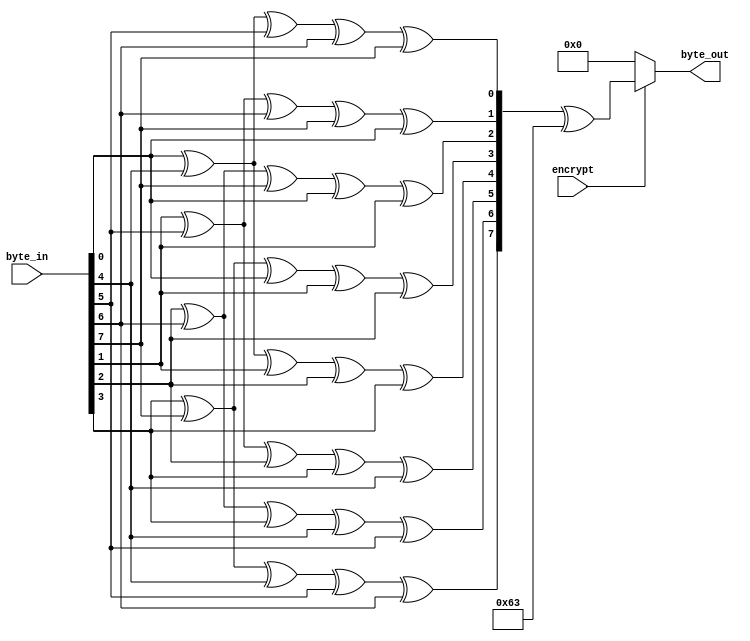
//////////////////////////////////////////////////////////////////////////////////
//
// Author:
// 
// Module Name: affine_transform
// Project Name: aes_sboxes
// Description: Affine transform for the S-box.
//              Effectively computes:
//                  for (i=0;i<8;i++){
//                    b'[i] = b[i] ^ b[(i+4)%8] ^ b[(i+5)%8] ^ b[(i+6)%8] ^ b[(i+7)%8];
//                  }                            
//                  b' = b' ^ 0x63;
//
// Dependencies: None.
// 
// Additional Comments: Calculations defined in the FIPS 197 standard.
// 
//////////////////////////////////////////////////////////////////////////////////

module affine_transform (
        input   wire    [7:0]   byte_in,
        input   wire            encrypt,
        output  wire    [7:0]   byte_out
    );

    //----------------------------------------------------------------
    // Wires/Regs
    //----------------------------------------------------------------
    wire [7:0] A;

    //----------------------------------------------------------------
    // Continous assignments
    //---------------------------------------------------------------- 
    // Matrix multiplication
    assign A[0] = byte_in[0] ^ byte_in[4] ^ byte_in[5] ^ byte_in[6] ^ byte_in[7];
    assign A[1] = byte_in[1] ^ byte_in[5] ^ byte_in[6] ^ byte_in[7] ^ byte_in[0];
    assign A[2] = byte_in[2] ^ byte_in[6] ^ byte_in[7] ^ byte_in[0] ^ byte_in[1];
    assign A[3] = byte_in[3] ^ byte_in[7] ^ byte_in[0] ^ byte_in[1] ^ byte_in[2];
    assign A[4] = byte_in[4] ^ byte_in[0] ^ byte_in[1] ^ byte_in[2] ^ byte_in[3];
    assign A[5] = byte_in[5] ^ byte_in[1] ^ byte_in[2] ^ byte_in[3] ^ byte_in[4];
    assign A[6] = byte_in[6] ^ byte_in[2] ^ byte_in[3] ^ byte_in[4] ^ byte_in[5];
    assign A[7] = byte_in[7] ^ byte_in[3] ^ byte_in[4] ^ byte_in[5] ^ byte_in[6];    

    // Vector addition
    assign byte_out = encrypt? (A ^ 8'h63) : 0;

endmodule // affine_transform